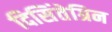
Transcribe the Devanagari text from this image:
दिसिंतेग्रिन